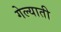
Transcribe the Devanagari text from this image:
गेल्याती